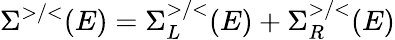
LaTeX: \Sigma^{>/<}(E)=\Sigma_{L}^{>/<}(E)+\Sigma_{R}^{>/<}(E)